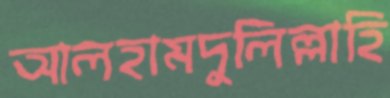
আলহামদুলিল্লাহি